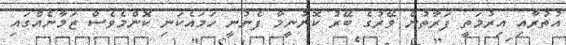
އުތުރާއި އިރުމަތީ ފަރާތުން ވޭރުގެ ބޭރު ކޮނުނީމާ ފެނުނީ ހަމައެކަނި ކޮންމެވެސް ޒަމާނެއްގައި